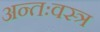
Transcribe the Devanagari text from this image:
अन्तःवस्त्र